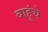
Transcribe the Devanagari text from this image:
बाहूंचे